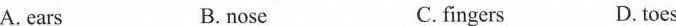
A. ears B.nose C.fingers D. toes